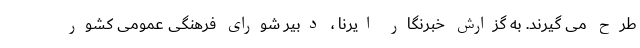
طرح می گیرند. به گزارش خبرنگار ایرنا ، دبیر شورای فرهنگی عمومی کشور